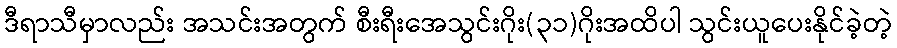
ဒီရာသီမှာလည်း အသင်းအတွက် စီးရီးအေသွင်းဂိုး(၃၁)ဂိုးအထိပါ သွင်းယူပေးနိုင်ခဲ့တဲ့